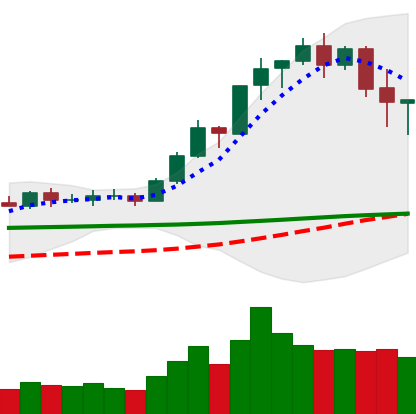
Ticker: BNB-USD
Chart end date: 2020-02-17
Forward return: -6.721%
Label: down_5_7